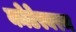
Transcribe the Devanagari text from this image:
कोटेस्वरम